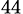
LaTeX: _{44}